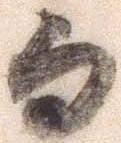
而